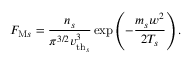
F _ { \mathrm { M } s } = \frac { n _ { s } } { \pi ^ { 3 / 2 } \ensuremath { v _ { \mathrm { t h } _ { s } } } ^ { 3 } } \exp \left( - \frac { m _ { s } w ^ { 2 } } { 2 T _ { s } } \right) .